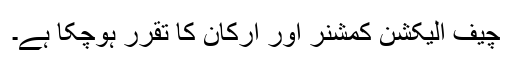
چیف الیکشن کمشنر اور ارکان کا تقرر ہوچکا ہے۔